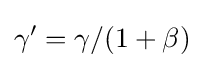
\gamma '=\gamma /(1+\beta )